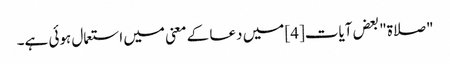
"صلاۃ" بعض آیات[4] میں دعا کے معنی میں استعمال ہوئی ہے۔